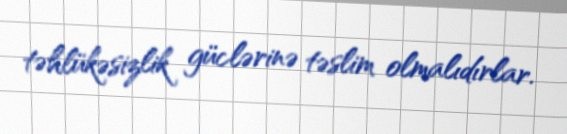
təhlükəsizlik güclərinə təslim olmalıdırlar.